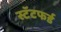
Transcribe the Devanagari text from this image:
स्टॅटफर्ड